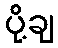
ပို့ချ